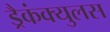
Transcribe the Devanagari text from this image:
ड्रैकंक्युलस